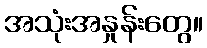
အသုံးအနှုန်းတွေ။